Annual report on the health of the army in India
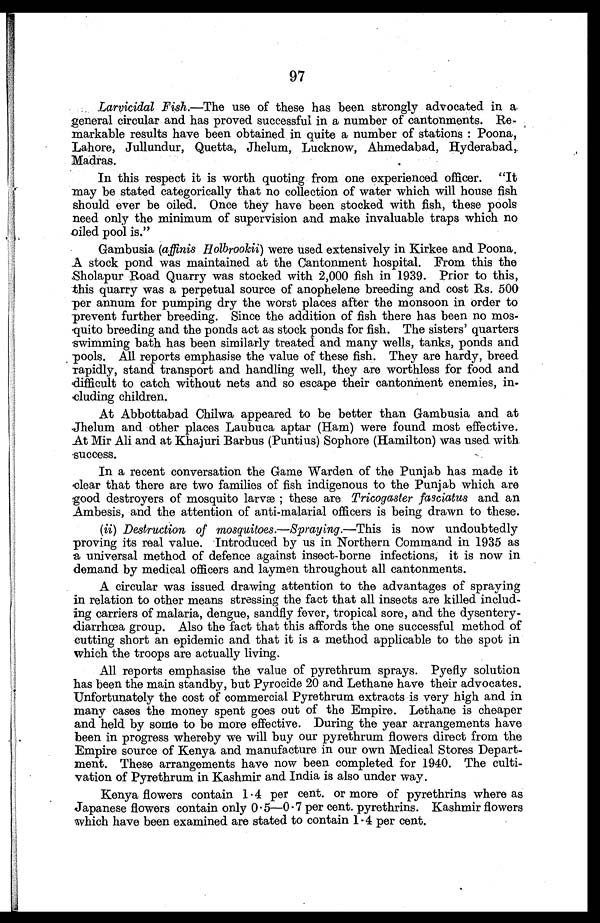
Larvicidal Fish.—The use of these has been strongly advocated in a
general circular and has proved successful in a number of cantonments. Re-
markable results have been obtained in quite a number of stations: Poona,
Lahore, Jullundur, Quetta, Jhelum, Lucknow, Ahmedabad, Hyderabad,.
Madras.
In this respect it is worth quoting from one experienced officer. "It
may be stated categorically that no collection of water which will house fish
should ever be oiled. Once they have been stocked with fish, these pools
need only the minimum of supervision and make invaluable traps which no
oiled pool is."
Gambusia (affinis Holbrookii) were used extensively in Kirkee and Poona.
A stock pond was maintained at the Cantonment hospital. From this the
Sholapur Road Quarry was stocked with 2,000 fish in 1939. Prior to this,
this quarry was a perpetual source of anophelene breeding and cost Rs. 500
per annum for pumping dry the worst places after the monsoon in order to
prevent further breeding. Since the addition of fish there has been no mos-
quito breeding and the ponds act as stock ponds for fish. The sisters' quarters
swimming bath has been similarly treated and many wells, tanks, ponds and
pools. All reports emphasise the value of these fish. They are hardy, breed
rapidly, stand transport and handling well, they are worthless for food and
difficult to catch without nets and so escape their cantonment enemies, in-
cluding children.
At Abbottabad Chilwa appeared to be better than Gambusia and at
Jhelum and other places Laubuca aptar (Ham) were found most effective.
At Mir Ali and at Khajuri Barbus (Puntius) Sophore (Hamilton) was used with
success.
In a recent conversation the Game Warden of the Punjab has made it
clear that there are two families of fish indigenous to the Punjab which are
good destroyers of mosquito larvæ; these are Tricogaster fasciatus and an
Ambesis, and the attention of anti-malarial officers is being drawn to these.
(ii) Destruction of mosquitoes.—Spraying.—This is now undoubtedly
proving its real value. Introduced by us in Northern Command in 1935 as
a universal method of defence against insect-borne infections, it is now in
demand by medical officers and laymen throughout all cantonments.
A circular was issued drawing attention to the advantages of spraying
in relation to other means stressing the fact that all insects are killed includ-
ing carriers of malaria, dengue, sandfly fever, tropical sore, and the dysentery--
diarrhœa group. Also the fact that this affords the one successful method of
cutting short an epidemic and that it is a method applicable to the spot in
which the troops are actually living.
All reports emphasise the value of pyrethrum sprays. Pyefly solution
has been the main standby, but Pyrocide 20 and Lethane have their advocates.
Unfortunately the cost of commercial Pyrethrum extracts is very high and in
many cases the money spent goes out of the Empire. Lethane is cheaper
and held by some to be more effective. During the year arrangements have
been in progress whereby we will buy our pyrethrum flowers direct from the
Empire source of Kenya and manufacture in our own Medical Stores Depart--
ment. These arrangements have now been completed for 1940. The culti-
vation of Pyrethrum in Kashmir and India is also under way.
Kenya flowers contain 1.4 per cent. or more of pyrethrins where as
Japanese flowers contain only 0 . 5—0 . 7 per cent. pyrethrins. Kashmir flowers
which have been examined are stated to contain 1.4 per cent.